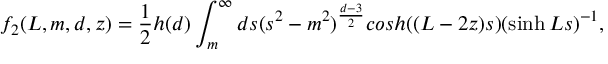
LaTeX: f _ { 2 } ( L , m , d , z ) = \frac { 1 } { 2 } h ( d ) \int _ { m } ^ { \infty } d s ( s ^ { 2 } - m ^ { 2 } ) ^ { \frac { d - 3 } { 2 } } c o s h ( ( L - 2 z ) s ) ( \sinh L s ) ^ { - 1 } ,